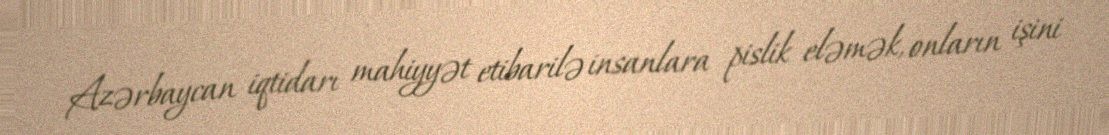
Azərbaycan iqtidarı mahiyyət etibarilə insanlara pislik eləmək, onların işini